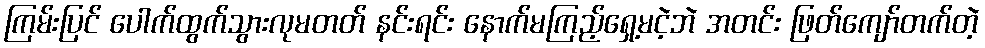
ကြမ်းပြင် ပေါက်ထွက်သွားလုမတတ် နင်းရင်း နောက်မကြည့်ရှေ့မငဲ့ဘဲ အတင်း ဖြတ်ကျော်တက်တဲ့